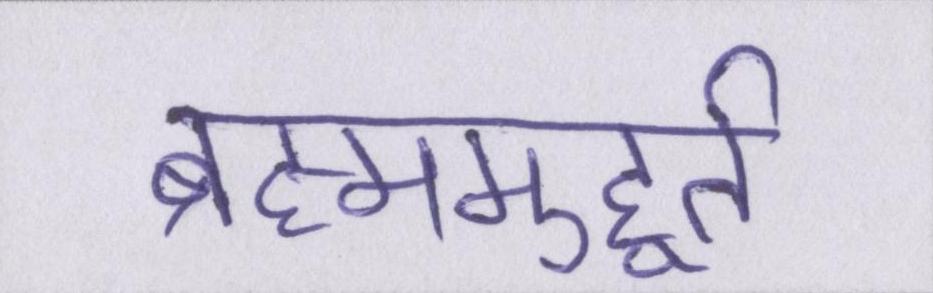
ब्रह्ममुहूर्त